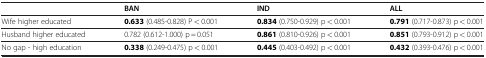
<table><thead><tr><td><b> </b></td><td><b>BAN</b></td><td><b>IND</b></td><td><b>ALL</b></td></tr></thead><tbody><tr><td>Wife higher educated</td><td><b>0.633</b> (0.485-0.828) P &lt; 0.001</td><td><b>0.834</b> (0.750-0.929) p &lt; 0.001</td><td><b>0.791</b> (0.717-0.873) p &lt; 0.001</td></tr><tr><td>Husband higher educated</td><td>0.782 (0.612-1.000) p = 0.051</td><td><b>0.861</b> (0.810-0.926) p &lt; 0.001</td><td><b>0.851</b> (0.793-0.912) p &lt; 0.001</td></tr><tr><td>No gap - high education</td><td><b>0.338</b> (0.249-0.475) p &lt; 0.001</td><td><b>0.445</b> (0.403-0.492) p &lt; 0.001</td><td><b>0.432</b> (0.393-0.476) p &lt; 0.001</td></tr></tbody></table>